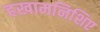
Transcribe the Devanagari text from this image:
हखामनिशिए